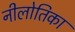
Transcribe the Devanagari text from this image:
नीलोतिका